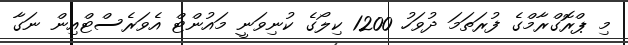
މި ޕްރޮގްރާމްގެ ފުރަތަމަ ދުވަހު 1200 ކިލޯގެ ކުނިވަނީ މައުންޓް އެވަރެސްޓްއިން ނަގާ